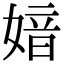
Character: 㛺